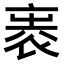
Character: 𧙵